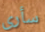
سأرى